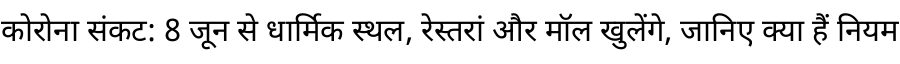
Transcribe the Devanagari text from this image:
कोरोना संकट: 8 जून से धार्मिक स्थल, रेस्तरां और मॉल खुलेंगे, जानिए क्या हैं नियम